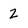
Character: 2